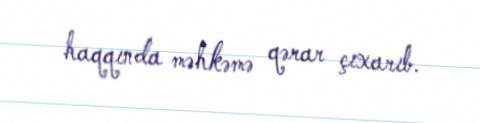
haqqında məhkəmə qərar çıxarıb.